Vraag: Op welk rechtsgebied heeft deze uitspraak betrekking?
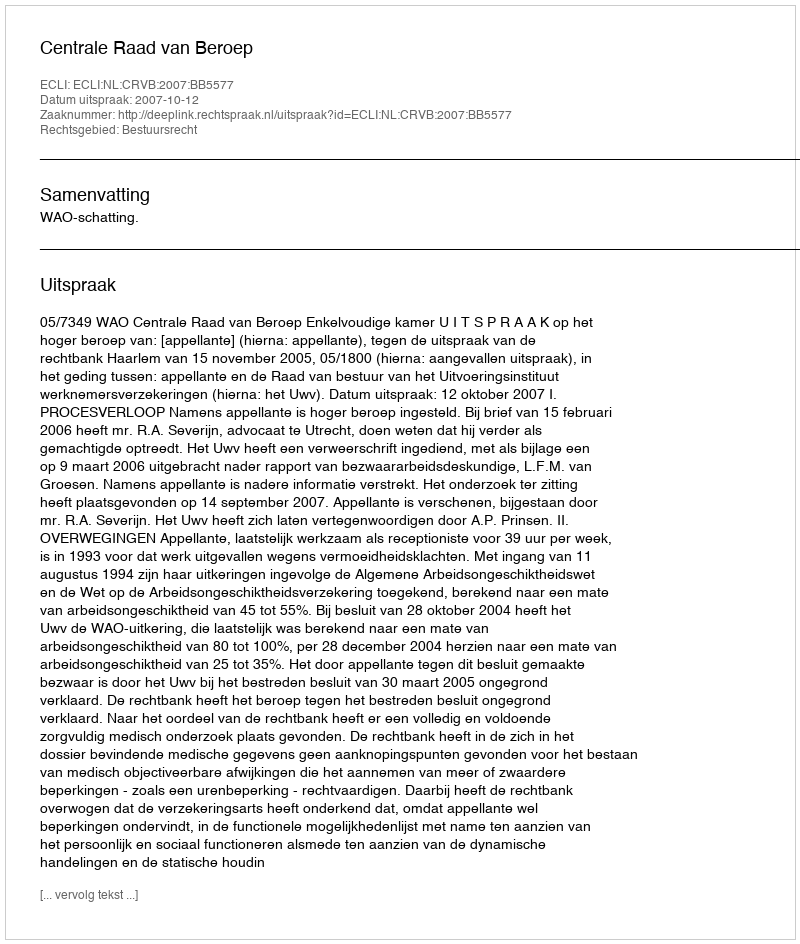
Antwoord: Bestuursrecht